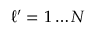
\ell ^ { \prime } = 1 \ldots N